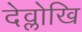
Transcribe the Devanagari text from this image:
देव्लोखि